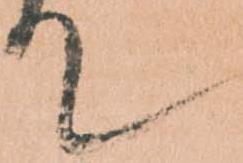
て